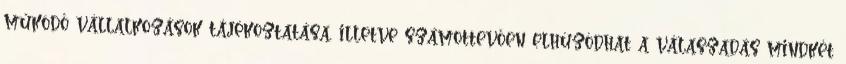
működő vállalkozások tájékoztatása, illetve számottevően elhúzódhat a válaszadás mindkét